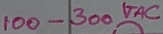
Text: I00-300VAC